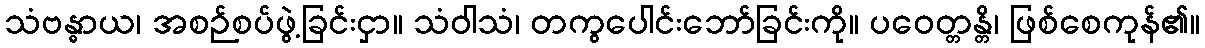
သံဗန္ဓာယ၊ အစဉ်စပ်ဖွဲ့ခြင်းငှာ။ သံဝါသံ၊ တကွပေါင်းဘော်ခြင်းကို။ ပဝေတ္တန္တိ၊ ဖြစ်စေကုန်၏။